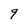
Character: 9